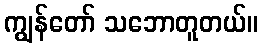
ကျွန်တော် သဘောတူတယ်။